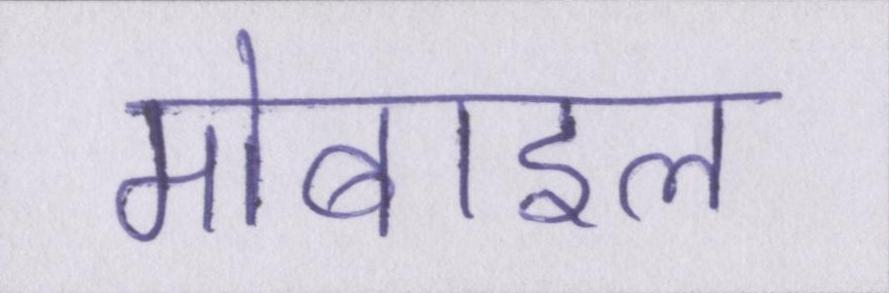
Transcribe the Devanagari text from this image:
मोबाइल